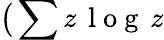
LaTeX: \big(\sum z\, \mathrm{~l~o~g~}\, z